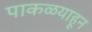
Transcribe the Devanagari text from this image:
पाकळयाहून